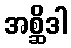
အစ္ဆိဒါ